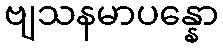
ဗျသနမာပန္နော